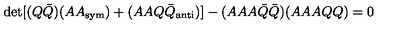
\det [ ( Q { \bar { Q } } ) ( A A _ { \mathrm { s y m } } ) + ( A A Q { \bar { Q } } _ { \mathrm { a n t i } } ) ] - ( A A A { \bar { Q } } { \bar { Q } } ) ( A A A Q Q ) = 0